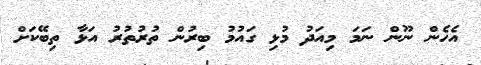
އެހެން ނޫން ނަމަ މިއަދު މުޅި ގައުމު ބިރުން ތުރުތުރު އަޅާ ތިބޭކަށް